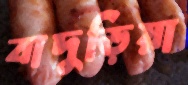
বাদুড়িয়া